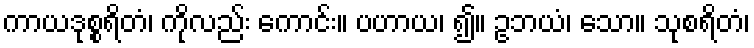
ကာယဒုစ္စရိတံ၊ ကိုလည်း ကောင်း။ ပဟာယ၊ ၍။ ဥဘယံ၊ သော။ သုစရိတံ၊